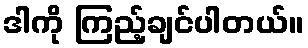
ဒါကို ကြည့်ချင်ပါတယ်။